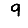
Digit: 9